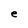
Character: e